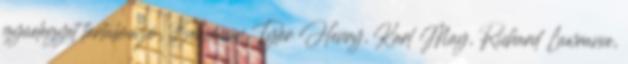
gyúelegyet tartalmazó, Benjamin Tyler Henry, Karl May, Richard Lawrance,